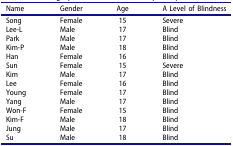
| Name | Gender | Age | A Level of Blindness |
 | --- | --- | --- | --- |
 | Song | Female | 15 | Severe |
 | Lee-L | Male | 17 | Blind |
 | Park | Male | 17 | Blind |
 | Kim-P | Male | 18 | Blind |
 | Han | Female | 16 | Blind |
 | Sun | Female | 15 | Severe |
 | Kim | Male | 17 | Blind |
 | Lee | Female | 16 | Blind |
 | Young | Female | 17 | Blind |
 | Yang | Male | 17 | Blind |
 | Won-F | Female | 15 | Blind |
 | Kim-F | Male | 18 | Blind |
 | Jung | Male | 17 | Blind |
 | Su | Male | 18 | Blind |